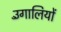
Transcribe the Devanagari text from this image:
उँगालियों